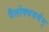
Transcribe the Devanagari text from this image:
त्रैलोक्यवर्मन्‌